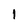
Character: l